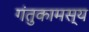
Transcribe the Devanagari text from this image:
गंतुकामस्य